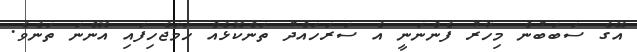
އޭގެ ސަބަބުން މިހާރު ފެންނަނީ އެ ސަރަހައްދު ތަންކޮޅެއް ހަމަޖެހިފައި އޮންނަ ތަނެވެ.